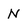
Character: N